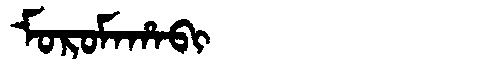
Manchu: ᠮᠣᡵᠣᠮᠠᡥᠠᠪᡳ
Romanization: MOROMAHABI